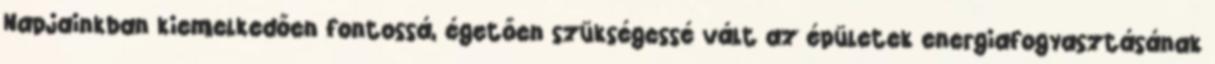
Napjainkban kiemelkedően fontossá, égetően szükségessé vált az épületek energiafogyasztásának